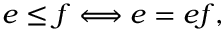
e \leq f \Longleftrightarrow e = e f ,